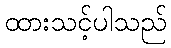
ထားသင့်ပါသည်